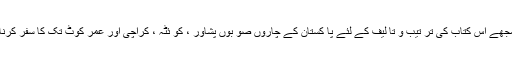
اور مجھے اس کتاب کی تر تیب و تا لیف کے لئے پا کستان کے چاروں صو بوں پشاور ، کو ئٹہ ، کراچی اور عمر کوٹ تک کا سفر کرنا پڑا ۔